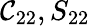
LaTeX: \mathcal{C}_{22},S_{22}